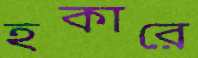
হকারে